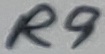
Text: R9